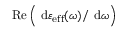
\operatorname { R e } \Big ( \ \mathrm { d } { \varepsilon _ { \mathrm { e f f } } ( \omega ) } / \ \mathrm { d } { \omega } \Big )